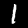
Label: 1